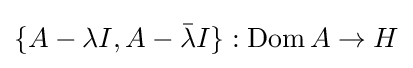
\{A-\lambda I,A-{\bar {\lambda }}I\}:\operatorname {Dom} A\to H